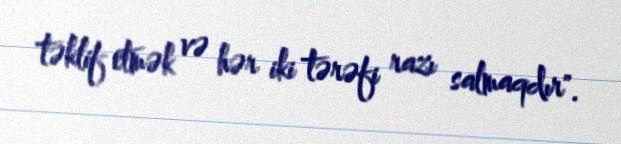
təklif etmək və hər iki tərəfi razı salmaqdır".